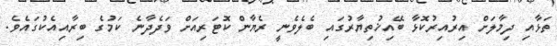
ތަޅާއި ދިމާލަށް އިރުއިރުކޮޅާ ބޭއިޚުތިޔާރުގައި ބެލެވެނީ ރެޔާން ކޮޓަރިއަށް ވަދެދާނެ ކަމުގެ ބިރާއިއެކުގައެވެ.